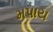
મપાય